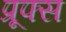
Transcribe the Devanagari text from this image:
प्रूफ्स